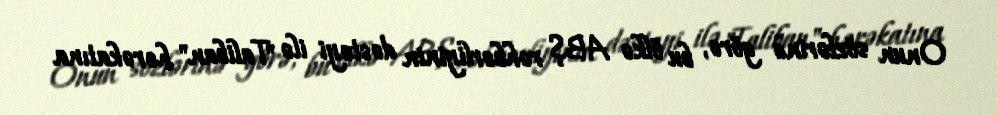
Onun sözlərinə görə, bu ölkə ABŞ rəhbərliyinin dəstəyi ilə "Taliban" hərəkatına